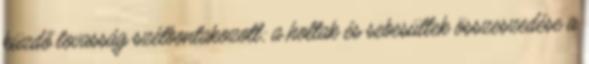
küzdő lovasság szétbontakozott; a holtak és sebesültek összeszedése a